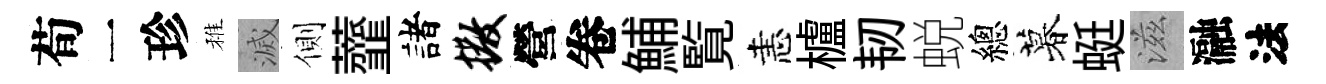
荀一珍稚滅側虀諸撒營卷鯆覧恚櫨韧蜕總暮蜓滋瀜法